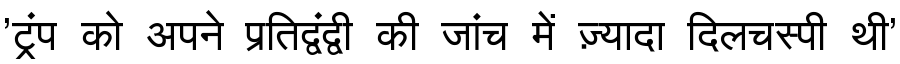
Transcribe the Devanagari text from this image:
'ट्रंप को अपने प्रतिद्वंद्वी की जांच में ज़्यादा दिलचस्पी थी'